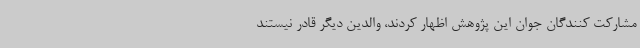
مشارکت کنندگان جوان این پژوهش اظهار کردند، والدین دیگر قادر نیستند